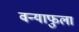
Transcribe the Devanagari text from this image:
वन्याफुला